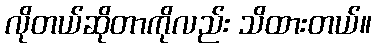
လိုတယ်ဆိုတာကိုလည်း သိထားတယ်။